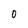
Character: 0